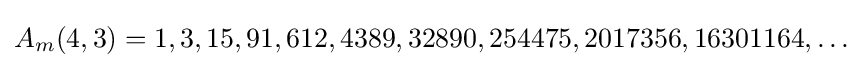
A_{m}(4,3)=1,3,15,91,612,4389,32890,254475,2017356,16301164,\ldots